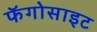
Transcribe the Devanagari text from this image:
फॅगोसाइट